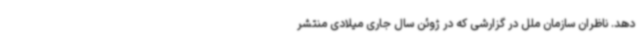
دهد. ناظران سازمان ملل در گزارشی که در ژوئن سال جاری میلادی منتشر